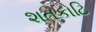
શતકોટિ